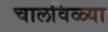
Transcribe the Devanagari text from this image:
चालविळ्या